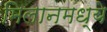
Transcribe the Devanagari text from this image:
मिलानमध्ये